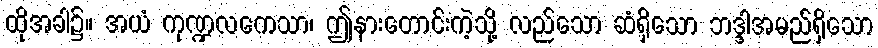
ထိုအခါ၌။ အယံ ကုဏ္ဍလကေသာ၊ ဤနားတောင်းကဲ့သို့ လည်သော ဆံရှိသော ဘဒ္ဒါအမည်ရှိသော